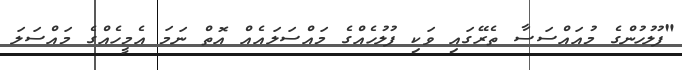
"ފުލުހުންގެ މުއައްސަސާ ތެރޭގައި ވަކި ފުލުހެއްގެ މައްސަލައެއް އޮތް ނަމަ އެމީހެއްގެ މައްސަލަ